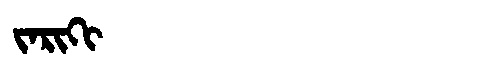
Manchu: ᠵᠠᡵᡳᡴᡳ
Romanization: JARIKI